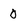
Character: 0